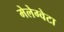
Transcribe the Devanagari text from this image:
मेलेग्वेटा